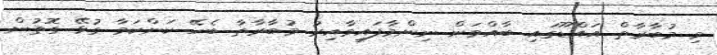
މި މުބާރާތް އައްޑޫގައި ބާއްވަން ނިންމާފައިވާއިރު މުބާރާތާ ބެހޭ ކަންކަމާ ގުޅޭ ގޮތުން